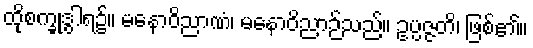
ထိုစက္ခုဒွါရ၌။ မနောဝိညာဏံ၊ မနောဝိညာဉ်သည်။ ဥပ္ပဇ္ဇတိ၊ ဖြစ်၏။